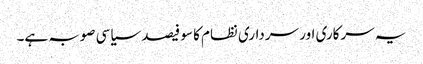
یہ سرکاری اور سرداری نظام کا سو فیصد سیاسی صوبہ ہے۔